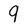
Character: 9